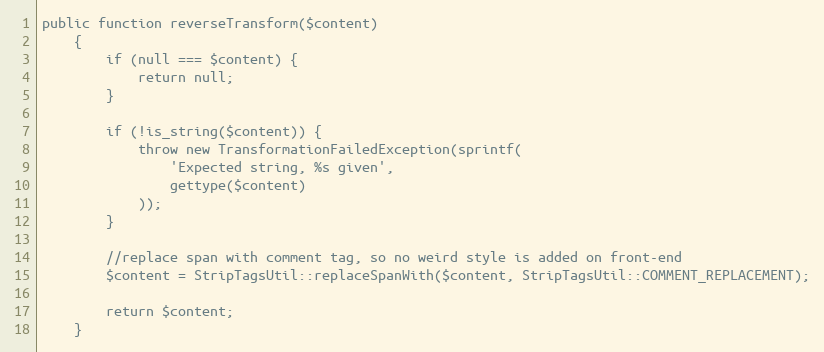
Language: PHP
public function reverseTransform($content)
    {
        if (null === $content) {
            return null;
        }

        if (!is_string($content)) {
            throw new TransformationFailedException(sprintf(
                'Expected string, %s given',
                gettype($content)
            ));
        }

        //replace span with comment tag, so no weird style is added on front-end
        $content = StripTagsUtil::replaceSpanWith($content, StripTagsUtil::COMMENT_REPLACEMENT);

        return $content;
    }